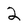
Character: 2